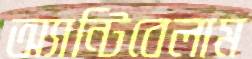
অ্যান্টিবেলাম